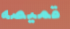
قميصه